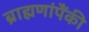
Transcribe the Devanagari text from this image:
ब्राह्मणांपैंकी